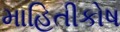
માહિતીકોષ